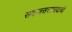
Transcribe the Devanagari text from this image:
समाजसत्तावादाची